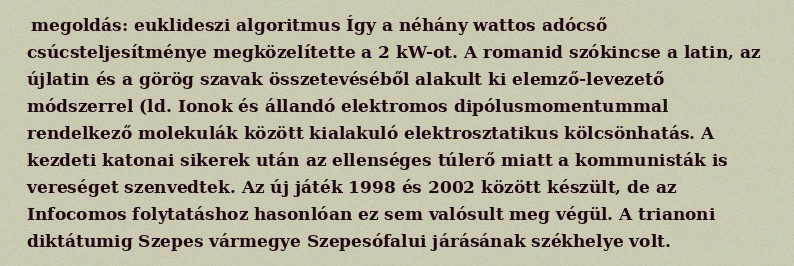
megoldás: euklideszi algoritmus Így a néhány wattos adócső csúcsteljesítménye megközelítette a 2 kW-ot. A romanid szókincse a latin, az újlatin és a görög szavak összetevéséből alakult ki elemző-levezető módszerrel (ld. Ionok és állandó elektromos dipólusmomentummal rendelkező molekulák között kialakuló elektrosztatikus kölcsönhatás. A kezdeti katonai sikerek után az ellenséges túlerő miatt a kommunisták is vereséget szenvedtek. Az új játék 1998 és 2002 között készült, de az Infocomos folytatáshoz hasonlóan ez sem valósult meg végül. A trianoni diktátumig Szepes vármegye Szepesófalui járásának székhelye volt.